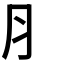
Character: ⺼